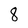
Character: 8